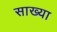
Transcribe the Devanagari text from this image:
साख्या